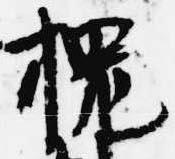
槐